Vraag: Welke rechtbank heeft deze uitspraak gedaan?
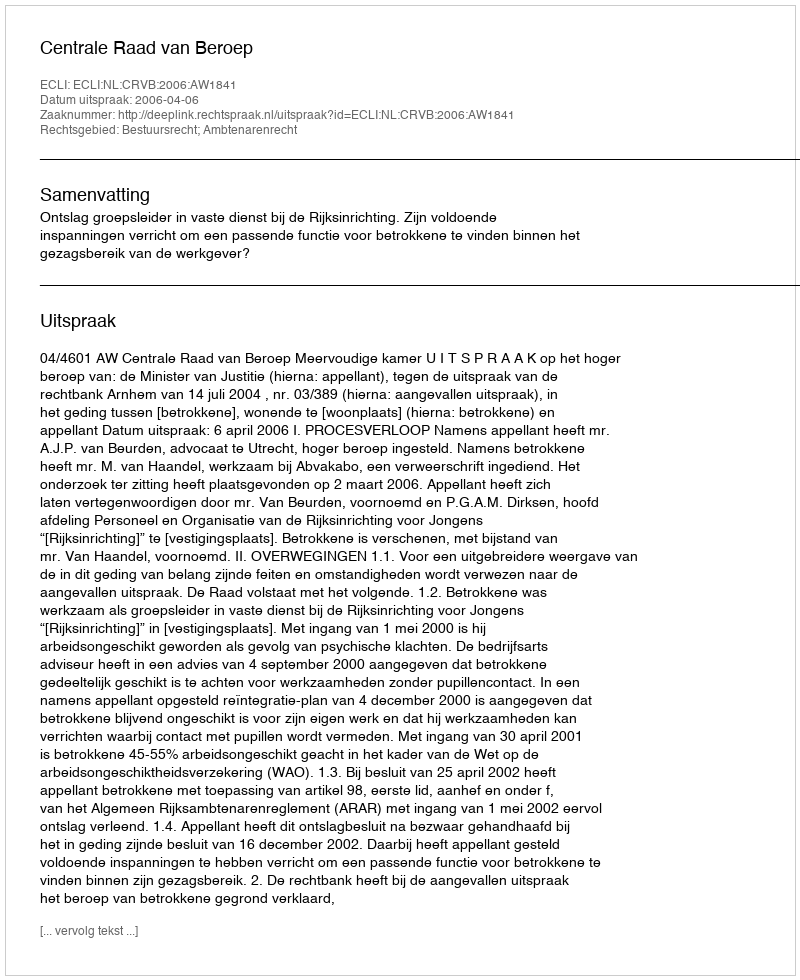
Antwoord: Centrale Raad van Beroep